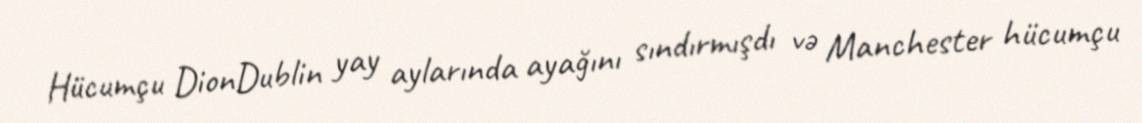
Hücumçu DionDublin yay aylarında ayağını sındırmışdı və Manchester hücumçu